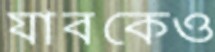
যাবকেও